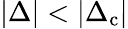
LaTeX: |\Delta|<|\Delta_{\textrm{c}}|